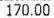
170.00